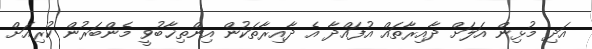
އަދި މުޅިން އަލަށް ދާއިރާތައް އުފައްދާ އެ ދާއިރާތަކުން އިންތިޚާބުވީ މެންބަރުން ކުރިއަށް